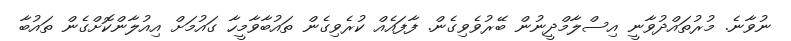
ނުވާނެ. މުރުތައްދުވާނީ އިސްލާމްދީނުން ބޭރުވެވިގެން. ފާފައެއް ކުރެވިގެން ތައުބާވާމީހާ ގައުމަށް އިއުލާންކޮށްގެން ތައުބާ